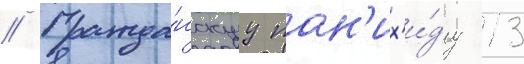
// Гражда́нскуу пан'их'и́ду 13